Civil Veterinary Department. Madras. Admin. report 1910-25 - 1910-1925
Year: 1910
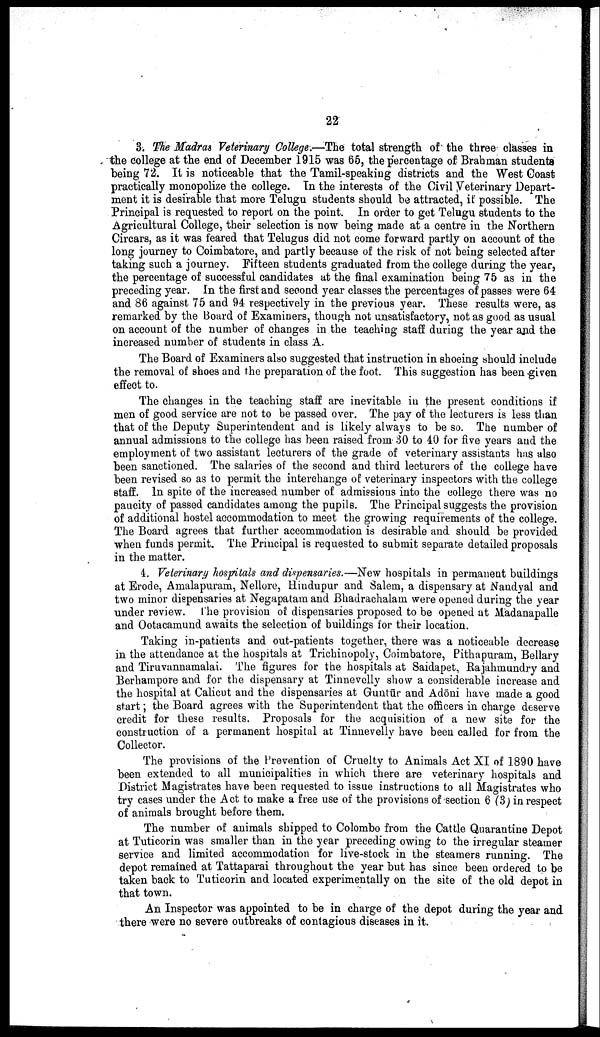
22
3. The Madras Veterinary College.—The total strength of the three classes in
the college at the end of December 1915 was 65, the percentage of Brahman students
being 72. It is noticeable that the Tamil-speaking districts and the West Coast
practically monopolize the college. In the interests of the Civil Veterinary Depart
ment it is desirable that more Telugu students should be attracted, if possible. The
Principal is requested to report on the point. In order to get Telugu students to the
Agricultural College, their selection is now being made at a centre in the Northern
Circars, as it was feared that Telugus did not come forward partly on account of the
long journey to Coimbatore, and partly because of the risk of not being selected after
taking such a journey. Fifteen students graduated from the college during the year,
the percentage of successful candidates at the final examination being 75 as in the
preceding year. In the first and second year classes the percentages of passes were 64
and 86 against 75 and 94 respectively in the previous year. These results were, as
remarked by the Board of Examiners, though not unsatisfactory, not as good as usual
on account of the number of changes in the teaching staff during the year and the
increased number of students in class A.
The Board of Examiners also suggested that instruction in shoeing should include
the removal of shoes and the preparation of the foot. This suggestion has been given
effect to.
The changes in the teaching staff are inevitable in the present conditions if
men of good service are not to be passed over. The pay of the lecturers is less than
that of the Deputy Superintendent and is likely always to be so. The number of
annual admissions to the college has been raised from 30 to 40 for five years and the
employment of two assistant lecturers of the grade of veterinary assistants has also
been sanctioned. The salaries of the second and third lecturers of the college have
been revised so as to permit the interchange of veterinary inspectors with the college
staff. In spite of the increased number of admissions into the college there was no
paucity of passed candidates among the pupils. The Principal suggests the provision
of additional hostel accommodation to meet the growing requirements of the college.
The Board agrees that further accommodation is desirable and should be provided
when funds permit. The Principal is requested to submit separate detailed proposals
in the matter.
4. Veterinary hospitals and dispensaries.—New hospitals in permanent buildings
at Erode, Amalapuram, Nellore, Hindupur and Salem, a dispensary at Naudyal and
two minor dispensaries at Negapatam and Bhadrachalam were opened during the year
under review. The provision of dispensaries proposed to be opened at Madanapalle
and Ootacamund awaits the selection of buildings for their location.
Taking in-patients and out-patients together, there was a noticeable decrease
in the attendance at the hospitals at Trichinopoly, Coimbatore, Pithapuram, Bellary
and Tiruvannamalai. The figures for the hospitals at Saidapet, Rajahmundry and
Berhampore and for the dispensary at Tinnevelly show a considerable increase and
the hospital at Calicut and the dispensaries at Guntūr and Adōni have made a good
start; the Board agrees with the Superintendent that the officers in charge deserve
credit for these results. Proposals for the acquisition of a new site for the
construction of a permanent hospital at Tinnevelly have been called for from the
Collector.
The provisions of the Prevention of Cruelty to Animals Act XI of 1890 have
been extended to all municipalities in which there are veterinary hospitals and
District Magistrates have been requested to issue instructions to all Magistrates who
try cases under the Act to make a free use of the provisions of section 6 (3) in respect
of animals brought before them.
The number of animals shipped to Colombo from the Cattle Quarantine Depot
at Tuticorin was smaller than in the year preceding owing to the irregular steamer
service and limited accommodation for live-stock in the steamers running. The
depot remained at Tattaparai throughout the year but has since been ordered to be
taken back to Tuticorin and located experimentally on the site of the old depot in
that town.
An Inspector was appointed to be in charge of the depot during the year and
there were no severe outbreaks of contagious diseases in it.